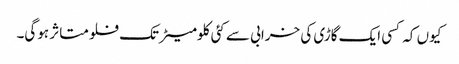
کیوں کہ کسی ایک گاڑی کی خرابی سے کئی کلومیٹر تک فلو متاثر ہوگی۔